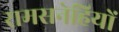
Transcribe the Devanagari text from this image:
रामसनेहियों